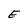
Character: E